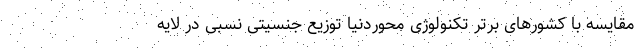
مقایسه با کشورهای برتر تکنولوژی محوردنیا توزیع جنسیتی نسبی در لایه